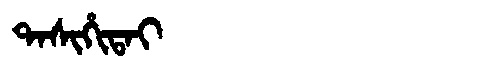
Manchu: ᡨᠠᠰᡳᡥᡳᡨᠠᡳ
Romanization: TASIHITAI